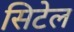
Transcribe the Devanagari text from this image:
सिटेल